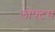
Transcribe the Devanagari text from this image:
लोफ्टस